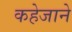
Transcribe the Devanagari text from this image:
कहेजाने